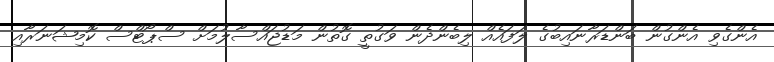
އެންގެވި އެންގުން ބަންޑަރާނައިބުގެ ލަފައެއް ލިބެންދެން ވަގުތީ ގޮތުން މަޑުޖައްސާލުމަށް ސްޕޯޓްސް ކޮމިޝަނަރާއި